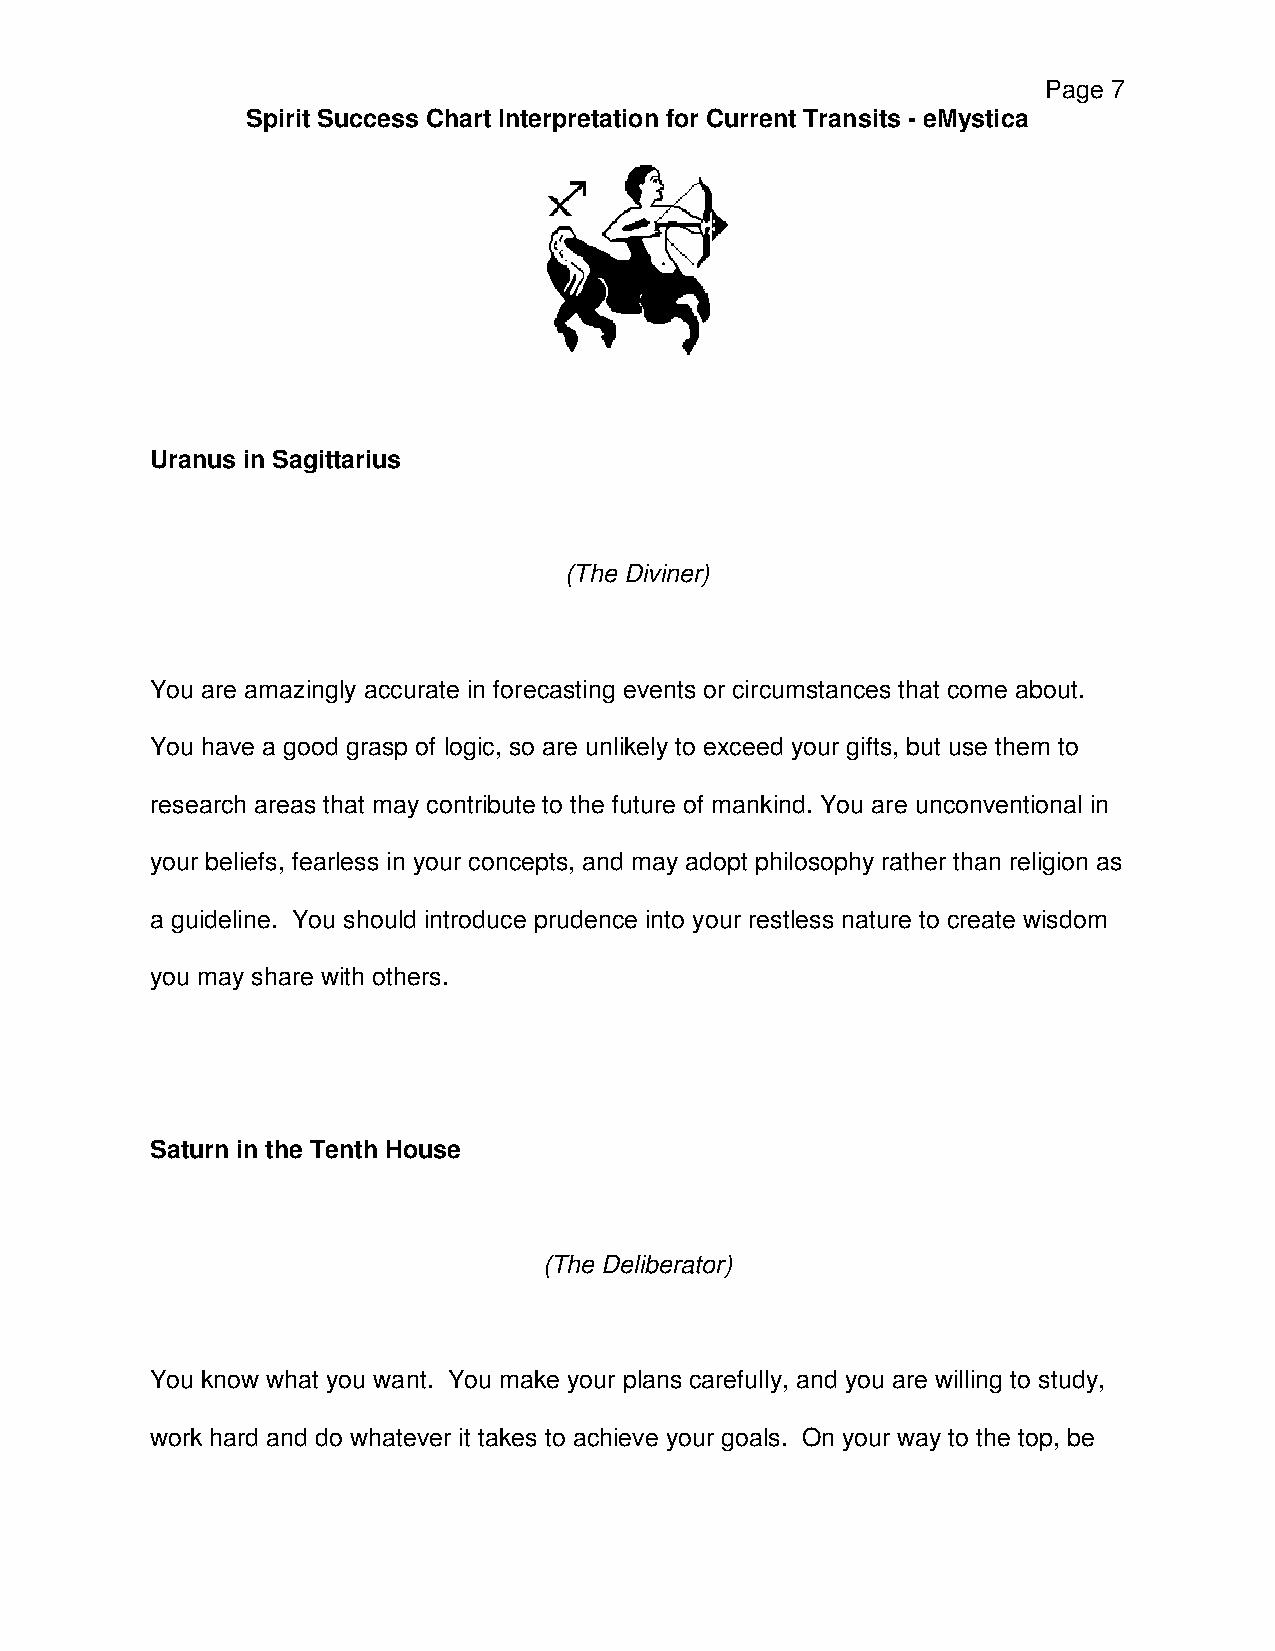
Page 7
 Spirit Success Chart Interpretation for Current Transits - eMystica
 Uranus in Sagittarius
 (The Diviner)
 You are amazingly accurate in forecasting events or circumstances that come about.
 You have a good grasp of logic, so are unlikely to exceed your gifts, but use them to
 research areas that may contribute to the future of mankind. You are unconventional in
 your beliefs, fearless in your concepts, and may adopt philosophy rather than religion as
 a guideline. You should introduce prudence into your restless nature to create wisdom
 you may share with others.
 Saturn in the Tenth House
 (The Deliberator)
 You know what you want. You make your plans carefully, and you are willing to study,
 work hard and do whatever it takes to achieve your goals. On your way to the top, be